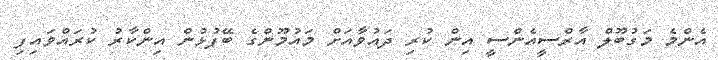
އެންމެ މަގުބޫލް އާރްސީއެންސީ އިން ކުރި ދައުވާއަށް މައުމޫންގެ ބޭފުޅުން އިންކާރު ކުރައްވައިފި